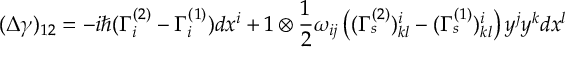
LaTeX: ( \Delta \gamma ) _ { 1 2 } = - i \hbar ( \Gamma _ { i } ^ { ( 2 ) } - \Gamma _ { i } ^ { ( 1 ) } ) d x ^ { i } + 1 \otimes \frac { 1 } { 2 } \omega _ { i j } \left( ( \Gamma _ { s } ^ { ( 2 ) } ) _ { k l } ^ { i } - ( \Gamma _ { s } ^ { ( 1 ) } ) _ { k l } ^ { i } \right) y ^ { j } y ^ { k } d x ^ { l }